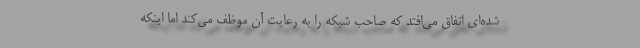
شده‌ای اتفاق می‌افتد که صاحب شبکه را به رعایت آن موظف می‌کند اما اینکه